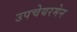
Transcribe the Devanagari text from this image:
उपचेयरमेन